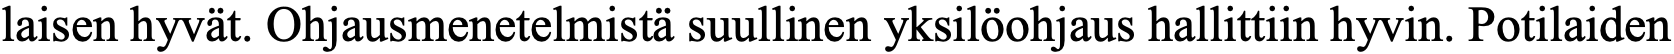
laisen hyvät. Ohjausmenetelmistä suullinen yksilöohjaus hallittiin hyvin. Potilaiden